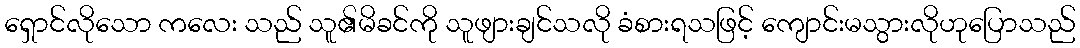
ရှောင်လိုသော ကလေး သည် သူ၏မိခင်ကို သူဖျားချင်သလို ခံစားရသဖြင့် ကျောင်းမသွားလိုဟုပြောသည်